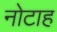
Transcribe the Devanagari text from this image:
नोटाह